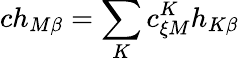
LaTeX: ch_{M\beta}=\sum_{K}c_{\xi M}^{K}h_{K\beta}